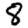
Digit: 8